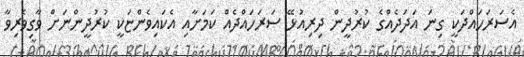
އެސަރަހައްދަކީ ގިނަ އަދަދެއްގެ ކުރުދީން ދިރިއުޅޭ ސަރަހައްދެއް ކަމަށާއި އެކައިވެންޏަކީ ކުރުދީންނަށް ވާގިވެރިވާ